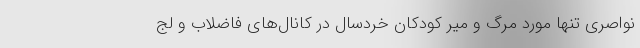
نواصری تنها مورد مرگ و میر کودکان خردسال در کانال‌های فاضلاب و لج